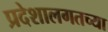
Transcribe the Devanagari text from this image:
प्रदेशालगतच्या